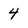
Character: 4